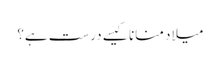
میلاد منانا کیسے درست ہے؟